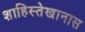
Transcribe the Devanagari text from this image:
शाहिस्तेखानास